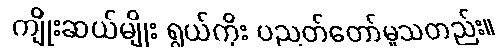
ကျိုးဆယ်မျိုး ရွယ်ကိုး ပညတ်တော်မူသတည်း။